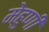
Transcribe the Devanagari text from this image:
मेहुणी